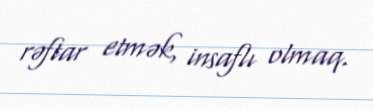
rəftar etmək, insaflı olmaq.